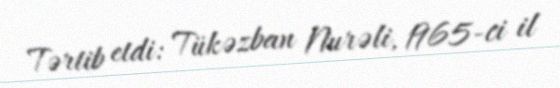
Tərtib etdi: Tükəzban Nurəli, 1965-ci il